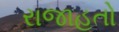
રાજાહતો